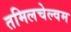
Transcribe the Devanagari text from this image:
तमिलचेल्वम